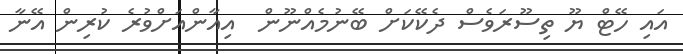
އައި ހޭޓް ޔޫ ތިސޫރަވެސް ދެކޭކަށް ބޭނުމެއްނޫން  އިއާންއަށްވުރެ ކުރިން އޭނާ